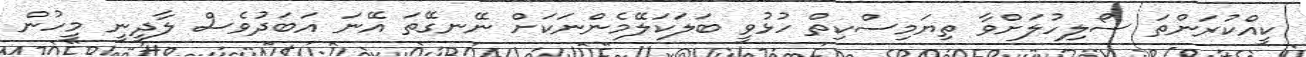
ކީއްކުރަންތަ ސޯލިހުލަށްވާ ތިޔަމިސްކިތް ހުޅުވީ ބަލަކަލޭމެންނަކަށް ނޭނގޭތަ އޭނަ އަބަދުވެސް ލާދީނީ މީހުން